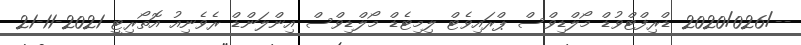
--/2020/026 ޑްރިފްޓްވުޑް މޯލްޑިވްސް ޕްރައިވެޓް ލިމިޓެޑް މޯލްޑިވްސް އިންލަންޑް ރެވެނިއު އޮތޯރިޓީ 2021-11-21